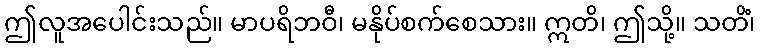
ဤလူအပေါင်းသည်။ မာပရိဘဝီ၊ မနိုပ်စက်စေသား။ ဣတိ၊ ဤသို့။ သတိံ၊